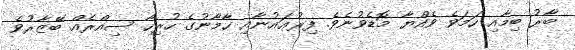
ބާރު ބިމާއި ހަމަވެ ވެއްޔާ މޮޑެވުނެވެ. ފިރުޢައުނާއި ހާމާނުގެ ހުރިހާ ސިއްރެއް ބޭޒާރުވެ